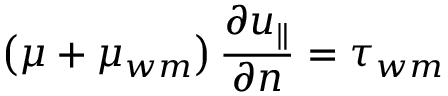
\left( \mu + \mu _ { w m } \right) \frac { \partial u _ { \| } } { \partial n } = \tau _ { w m }